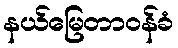
နယ်မြေတာဝန်ခံ